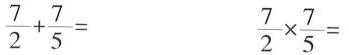
$$\frac { 7 } { 2 } + \frac { 7 } { 5 } =$$ $$\frac { 7 } { 2 } \times \frac { 7 } { 5 } =$$